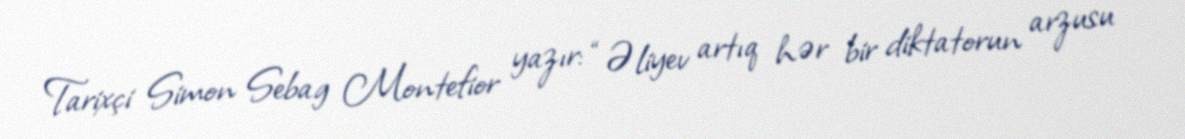
Tarixçi Simon Sebag Montefior yazır: “Əliyev artıq hər bir diktatorun arzusu